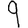
Digit: 9